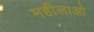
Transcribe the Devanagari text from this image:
महीलाओ